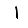
Digit: 1